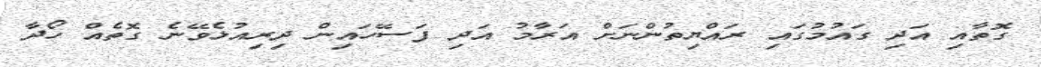
ގޮތާއި އަދި ގައުމުގައި ރައްޔިތުންނަށް އަރާމު އަދި ފަސޭހައިން ދިިރިއުޅެވޭނެ ގޮތެއް ހޯދާ